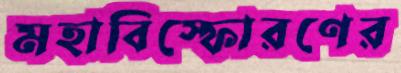
মহাবিস্ফোরণের